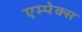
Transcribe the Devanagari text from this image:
एम्पेक्स